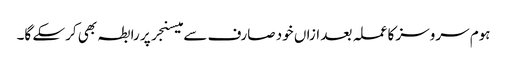
ہوم سروسز کا عملہ بعد ازاں خود صارف سے میسنجر پر رابطہ بھی کرسکے گا۔